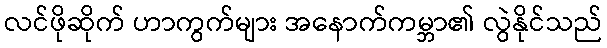
လင်ဖိုဆိုက် ဟာကွက်များ အနောက်ကမ္ဘာ၏ လွဲနိုင်သည်